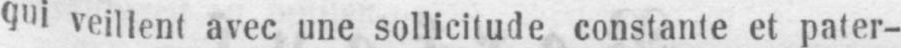
qui veillent avec une sollicitude constante et pater-